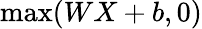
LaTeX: \operatorname*{max}(WX+b,0)